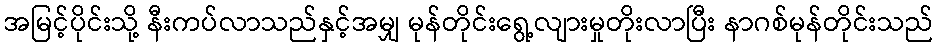
အမြင့်ပိုင်းသို့ နီးကပ်လာသည်နှင့်အမျှ မုန်တိုင်းရွေ့လျားမှုတိုးလာပြီး နာဂစ်မုန်တိုင်းသည်